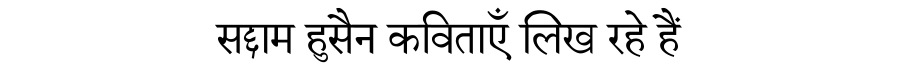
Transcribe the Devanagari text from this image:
सद्दाम हुसैन कविताएँ लिख रहे हैं